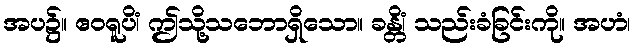
အပ၌။ ဧဝရူပိံ၊ ဤသို့သဘောရှိသော။ ခန္တိံ၊ သည်းခံခြင်းကို။ အဟံ၊